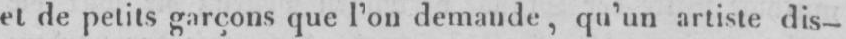
et de petits garçons que l’on demande, qu’un artiste dis-